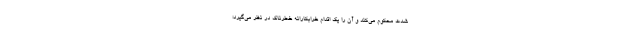
شدت محکوم می‌کند و آن را یک اقدام خرابکارانه خطرناک در نظر می‌گیرد؛